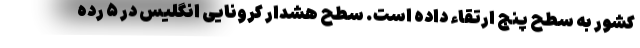
کشور به سطح پنج ارتقاء داده است. سطح هشدار کرونایی انگلیس در ۵ رده